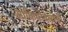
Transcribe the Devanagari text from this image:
ओकियोबेलोची